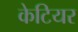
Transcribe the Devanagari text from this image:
केटियर